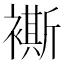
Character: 𧝤